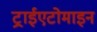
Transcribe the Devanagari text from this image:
ट्राईएटोमाइन